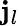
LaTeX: \mathbf{j}_{l}